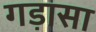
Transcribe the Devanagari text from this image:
गड़ासा